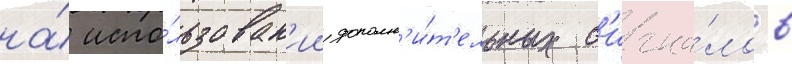
на́ испо́льзован'ии дополн'и́т'ельных с'игна́лов